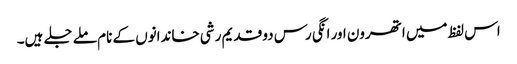
اس لفظ میں اتھرون اور انگی رس دو قدیم رشی خاندانوں کے نام ملے جلے ہیں۔